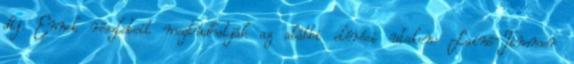
díj. Ennek részleteit megtudhatják az alábbi elérési utakon: Lainé-Timmer